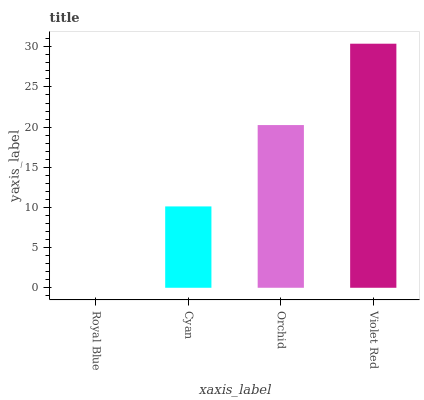
| xaxis_label | bars |
 | --- | --- |
 | Royal Blue | 0 |
 | Cyan | 10.1 |
 | Orchid | 20.3 |
 | Violet Red | 30.4 |